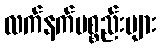
လက်နက်ပစ္စည်းများ